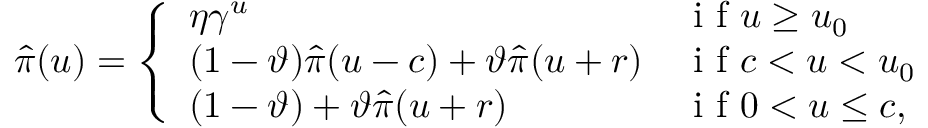
\widehat { \pi } ( u ) = \left\{ \begin{array} { l l } { \eta \gamma ^ { u } } & { \mathrm { ~ i ~ f ~ } u \geq u _ { 0 } } \\ { ( 1 - \vartheta ) \widehat { \pi } ( u - c ) + \vartheta \widehat { \pi } ( u + r ) } & { \mathrm { ~ i ~ f ~ } c < u < u _ { 0 } } \\ { ( 1 - \vartheta ) + \vartheta \widehat { \pi } ( u + r ) } & { \mathrm { ~ i ~ f ~ } 0 < u \leq c , } \end{array} \right.